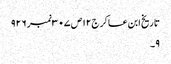
تاریخ ابن عساکر ج١٢ص ٣٠٧نمبر ٩٢٦
٩۔